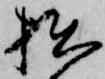
拙